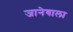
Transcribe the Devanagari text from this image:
जानेबाला